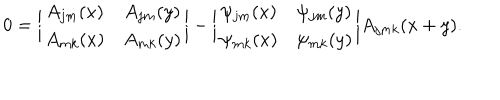
0 = \biggl | \begin{matrix} { { A _ { j m } ( x ) } } & { { A _ { j m } ( y ) } } \\ { { A _ { m k } ( x ) } } & { { A _ { m k } ( y ) } } \\ \end{matrix} \biggr | - \biggl | \begin{matrix} { { \psi _ { j m } ( x ) } } & { { \psi _ { j m } ( y ) } } \\ { { \psi _ { m k } ( x ) } } & { { \psi _ { m k } ( y ) } } \\ \end{matrix} \biggr | A _ { j m k } ( x + y ) .